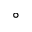
^ \circ